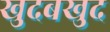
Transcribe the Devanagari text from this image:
खुदबखुद